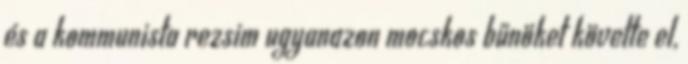
és a kommunista rezsim ugyanazon mocskos bűnöket követte el,